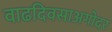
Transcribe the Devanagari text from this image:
वाढदिवसाअगोदर